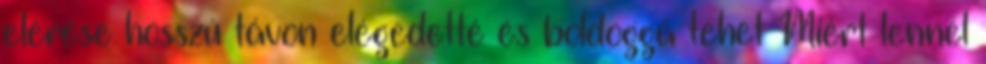
elérése hosszú távon elégedetté és boldoggá tehet Miért lennél